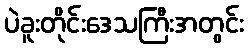
ပဲခူးတိုင်းဒေသကြီးအတွင်း